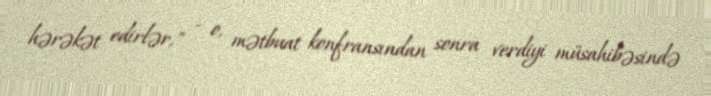
hərəkət edirlər," - o, mətbuat konfransından sonra verdiyi müsahibəsində